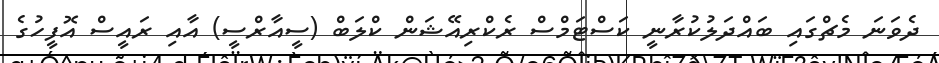
ދެވަނަ މެޗްގައި ބައްދަލުކުރާނީ ކަސްޓަމްސް ރެކްރިއޭޝަން ކްލަބް (ސީއާރްސީ) އާއި ރައީސް އޮފީހުގެ